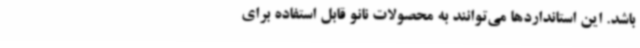
باشد. این استانداردها می‌توانند به محصولات نانو قابل استفاده برای